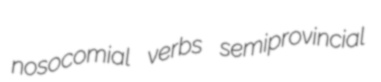
nosocomial verbs semiprovincial